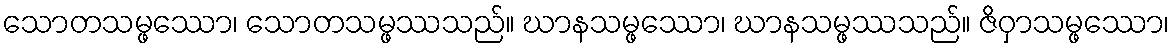
သောတသမ္ဖဿော၊ သောတသမ္ဖဿသည်။ ဃာနသမ္ဖဿော၊ ဃာနသမ္ဖဿသည်။ ဇိဝှာသမ္ဖဿော၊